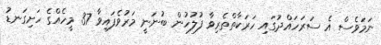
ނަމަވެސް އެ ސަރަހައްދުގައި ހަރަކާތްތެރިވާ ފުލުހުން ބުނަނީ މަރުވެފައިވާ 37 މީހެއްގެ ހަށިގަނޑު